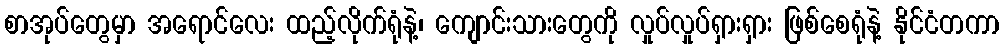
စာအုပ်တွေမှာ အရောင်လေး ထည့်လိုက်ရုံနဲ့၊ ကျောင်းသားတွေကို လှုပ်လှုပ်ရှားရှား ဖြစ်စေရုံနဲ့ နိုင်ငံတကာ